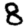
Digit: 8